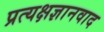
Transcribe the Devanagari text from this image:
प्रत्यक्षज्ञानवाद